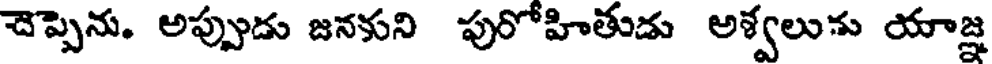
చెప్పెను. అప్పుడు జనకుని పురోహితుడు అశ్వలును యాజ్ఞ